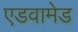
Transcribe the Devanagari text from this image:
एडवामेड